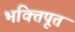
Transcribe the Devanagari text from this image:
भक्तिपूत